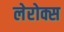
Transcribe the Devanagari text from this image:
लेरोक्स